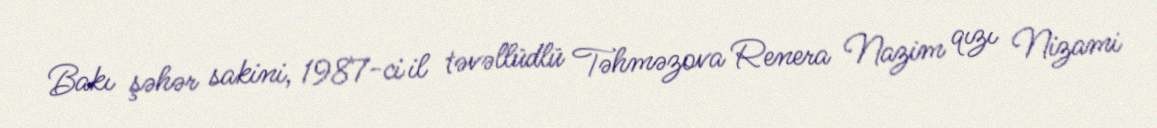
Bakı şəhər sakini, 1987-ci il təvəllüdlü Təhməzova Renera Nazim qızı Nizami